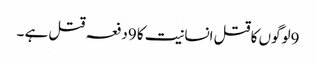
9لوگوں کا قتل انسانیت کا 9دفعہ قتل ہے ۔